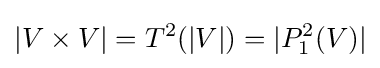
|V\times V|=T^{2}(|V|)=|P_{1}^{2}(V)|